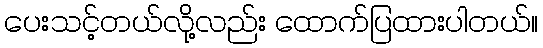
ပေးသင့်တယ်လို့လည်း ထောက်ပြထားပါတယ်။